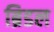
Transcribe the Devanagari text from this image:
ब्रिडल